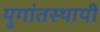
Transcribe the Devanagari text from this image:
युगांतस्थायी